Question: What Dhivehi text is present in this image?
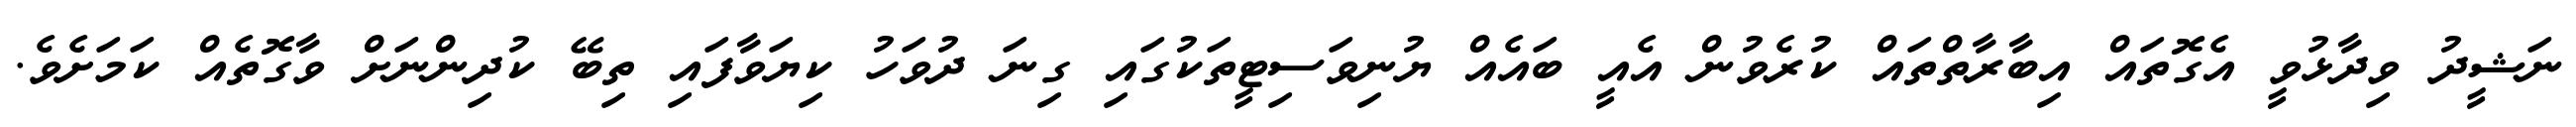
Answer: ނަޝީދު ވިދާޅުވީ އެގޮތައް އިބާރާތްތައް ކުރެވުން އެއީ ބައެއް ޔުނިވަސިޓީތަކުގައި ގިނަ ދުވަހު ކިޔަވާފައި ތިބޭ ކުދިންނަށް ވާގޮތެއް ކަމަށެވެ.